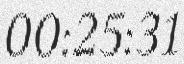
00:25:31